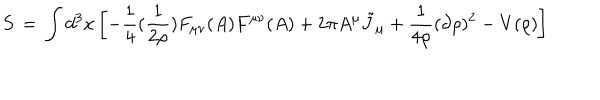
S \, = \, \int d ^ { 3 } x \left[ - \frac { 1 } { 4 } ( \frac { 1 } { 2 \rho } ) F _ { \mu \nu } ( A ) F ^ { \mu \nu } ( A ) + 2 \pi A ^ { \mu } { \tilde { J } } _ { \mu } + \frac { 1 } { 4 \rho } ( \partial \rho ) ^ { 2 } - V ( \rho ) \right]